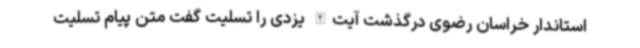
استاندار خراسان رضوی درگذشت آیت‌الله یزدی را تسلیت گفت متن پیام تسلیت